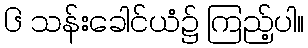
၆ သန်းခေါင်ယံ၌ ကြည့်ပါ။